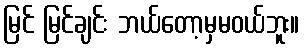
မြင် မြင်ချင်း ဘယ်တော့မှမဝယ်ဘူး။